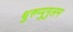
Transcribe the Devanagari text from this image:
थुरुप्पुगुलन